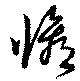
修